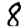
Digit: 8